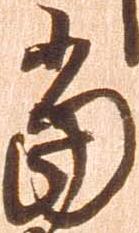
当